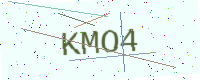
Text: KMO4